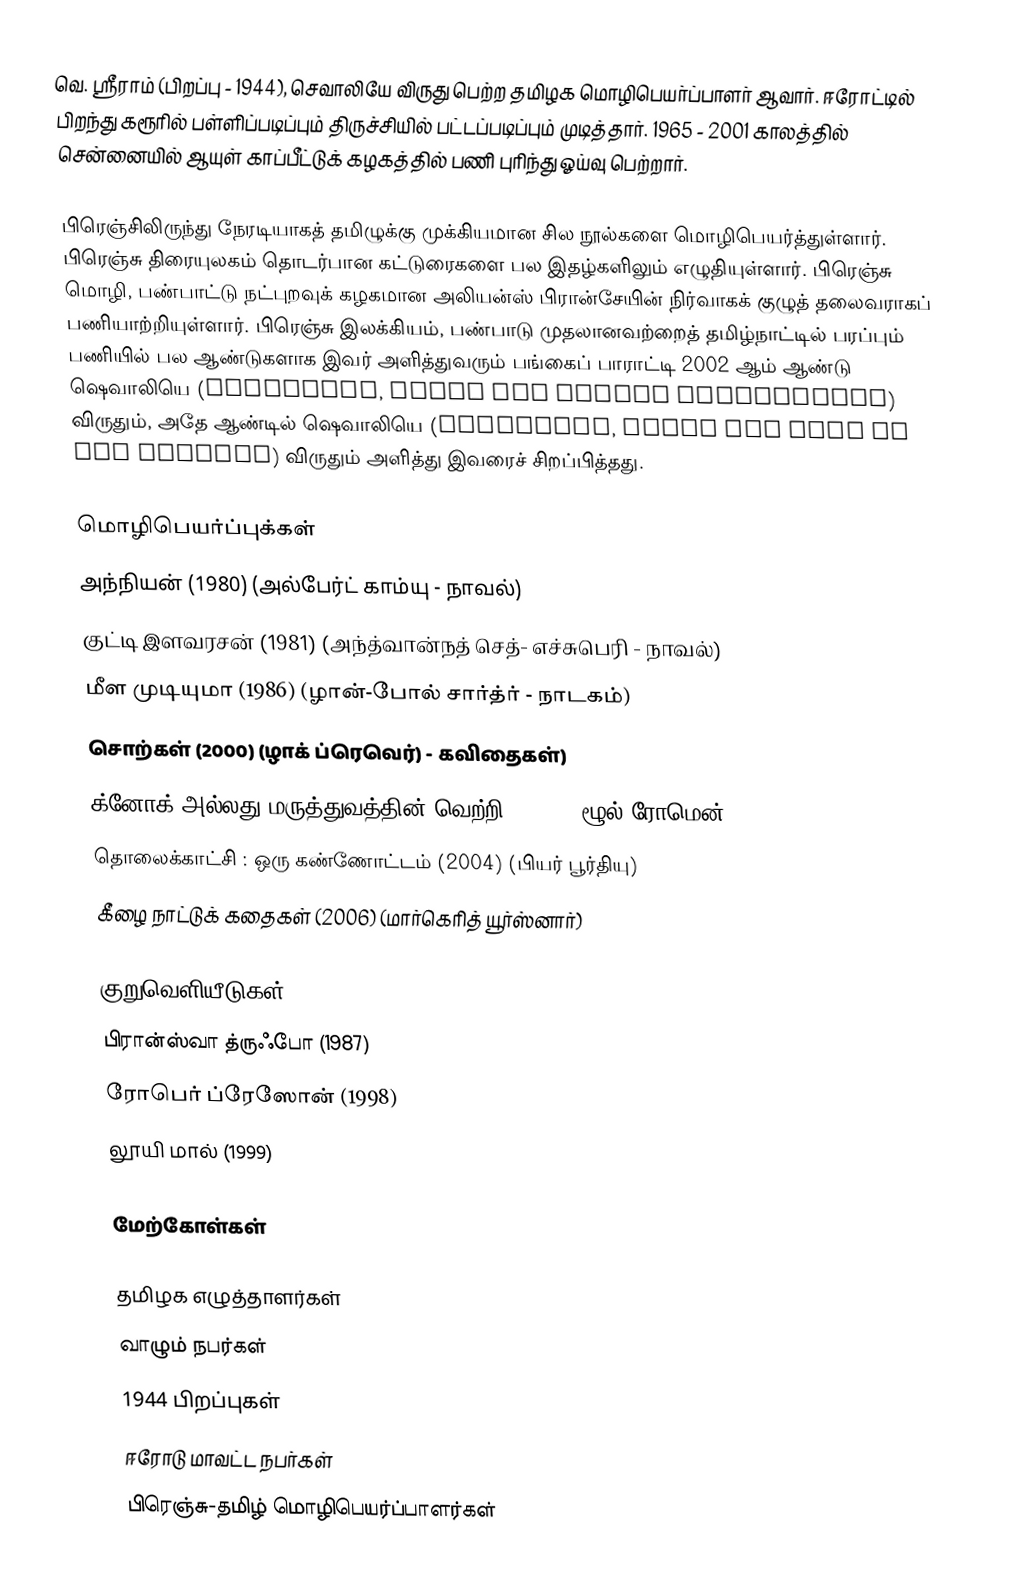
வெ. ஸ்ரீராம் (பிறப்பு - 1944),  செவாலியே விருது பெற்ற தமிழக மொழிபெயர்ப்பாளர் ஆவார். ஈரோட்டில் பிறந்து கரூரில் பள்ளிப்படிப்பும் திருச்சியில் பட்டப்படிப்பும் முடித்தார். 1965 - 2001 காலத்தில் சென்னையில் ஆயுள் காப்பீட்டுக் கழகத்தில் பணி புரிந்து ஓய்வு பெற்றார்.

பிரெஞ்சிலிருந்து நேரடியாகத் தமிழுக்கு முக்கியமான சில நூல்களை மொழிபெயர்த்துள்ளார். பிரெஞ்சு திரையுலகம் தொடர்பான கட்டுரைகளை பல இதழ்களிலும் எழுதியுள்ளார். பிரெஞ்சு மொழி, பண்பாட்டு நட்புறவுக் கழகமான அலியன்ஸ் பிரான்சேயின் நிர்வாகக் குழுத் தலைவராகப் பணியாற்றியுள்ளார். பிரெஞ்சு இலக்கியம், பண்பாடு முதலானவற்றைத் தமிழ்நாட்டில் பரப்பும் பணியில் பல ஆண்டுகளாக இவர் அளித்துவரும் பங்கைப் பாராட்டி 2002 ஆம் ஆண்டு ஷெவாலியெ (Chevalier, Ordre des Palmes Académiques) விருதும், அதே ஆண்டில் ஷெவாலியெ (Chevalier, Ordre des Arts et des Lettres) விருதும் அளித்து இவரைச் சிறப்பித்தது.

மொழிபெயர்ப்புக்கள்
 அந்நியன்  (1980) (அல்பேர்ட் காம்யு - நாவல்)
 குட்டி இளவரசன்  (1981) (அந்த்வான்நத் செத்- எச்சுபெரி - நாவல்)
 மீள முடியுமா  (1986) (ழான்-போல் சார்த்ர் - நாடகம்)
 சொற்கள்  (2000) (ழாக் ப்ரெவெர்) - கவிதைகள்)
 க்னோக் அல்லது மருத்துவத்தின் வெற்றி  (2000) (ழூல் ரோமென்)
 தொலைக்காட்சி : ஒரு கண்ணோட்டம்  (2004) (பியர் பூர்தியு)
 கீழை நாட்டுக் கதைகள்  (2006) (மார்கெரித் யூர்ஸ்னார்)

குறுவெளியீடுகள்
 பிரான்ஸ்வா த்ருஃபோ  (1987)
 ரோபெர் ப்ரேஸோன்  (1998)
 லூயி மால்  (1999)

மேற்கோள்கள்

தமிழக எழுத்தாளர்கள்
வாழும் நபர்கள்
1944 பிறப்புகள்
ஈரோடு மாவட்ட நபர்கள்
பிரெஞ்சு-தமிழ் மொழிபெயர்ப்பாளர்கள்